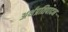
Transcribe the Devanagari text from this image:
अर्थप्रतिपादन